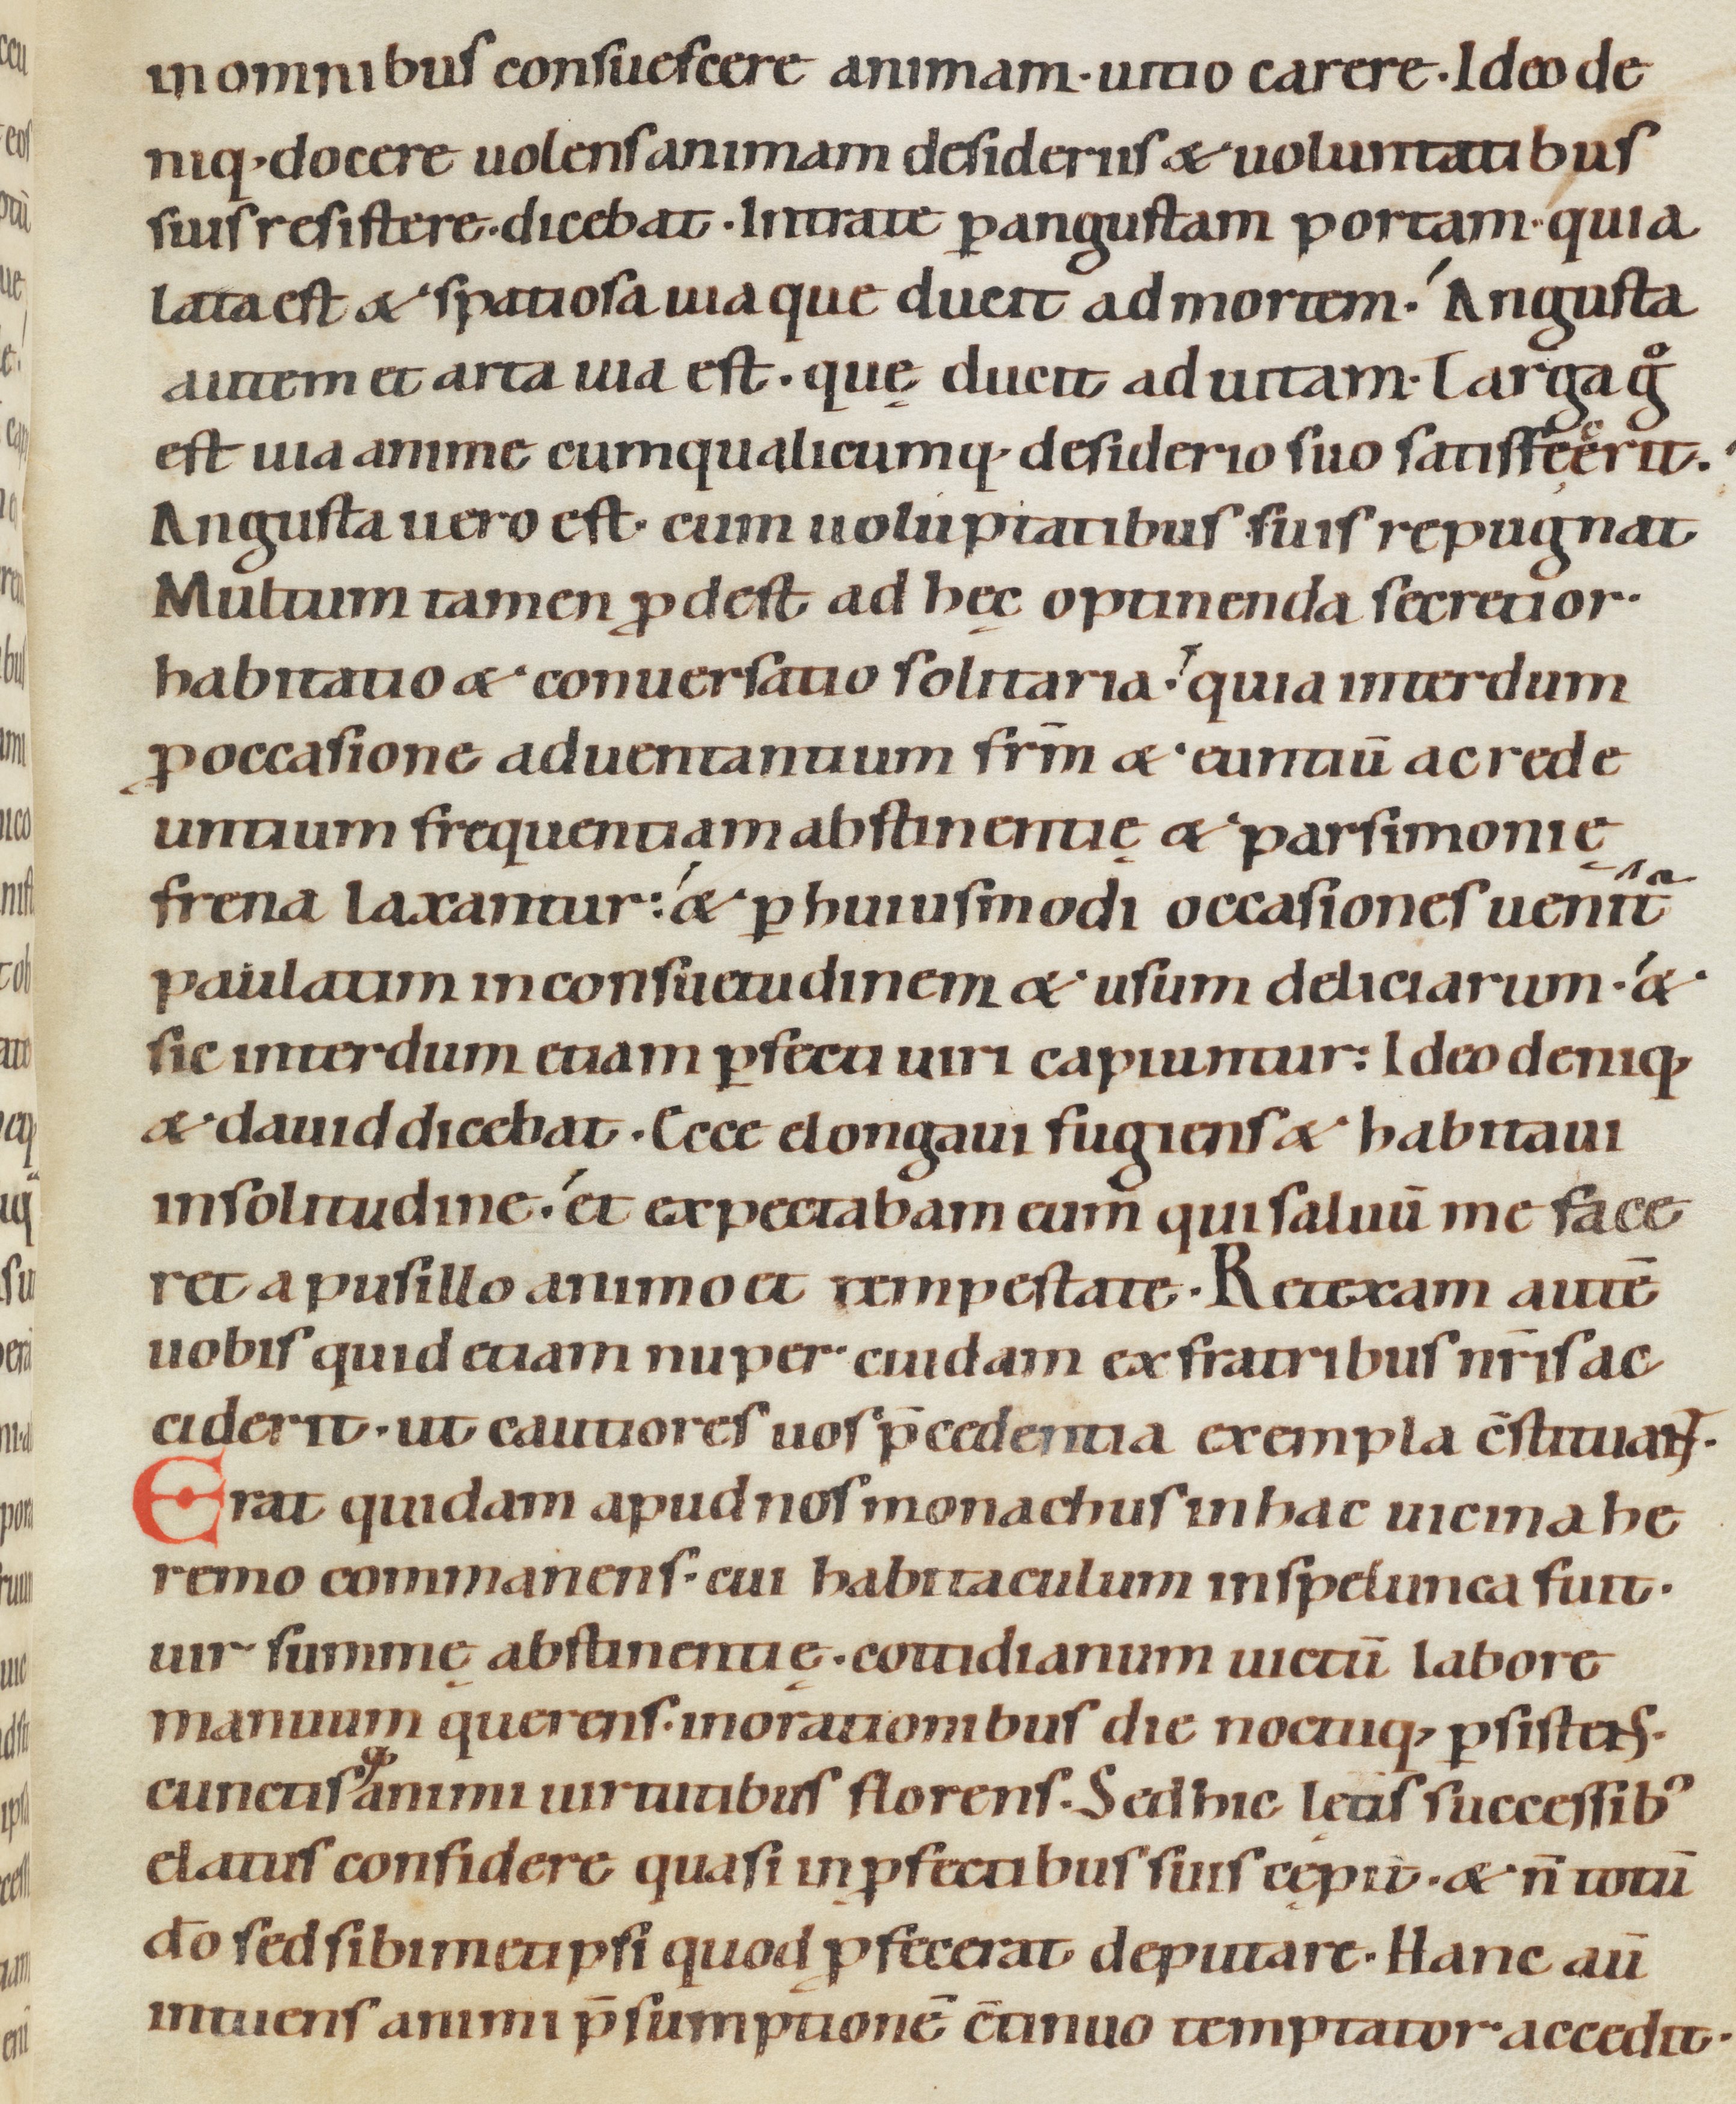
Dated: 1080–1096